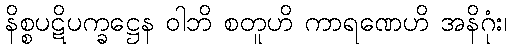
နိစ္စပဋိပက္ခဋ္ဌေန ဝါဘိ စတူဟိ ကာရဏေဟိ အနိဂုံး၊